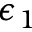
\epsilon _ { 1 }